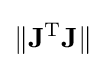
\|\mathbf {J} ^{\mathrm {T} }\mathbf {J} \|